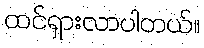
ထင်ရှားလာပါတယ်။